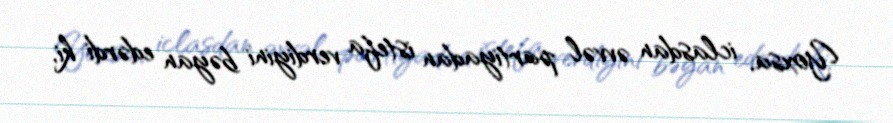
Yoxsa, iclasdan əvvəl partiyadan istefa verdiyini bəyan edərdi ki,